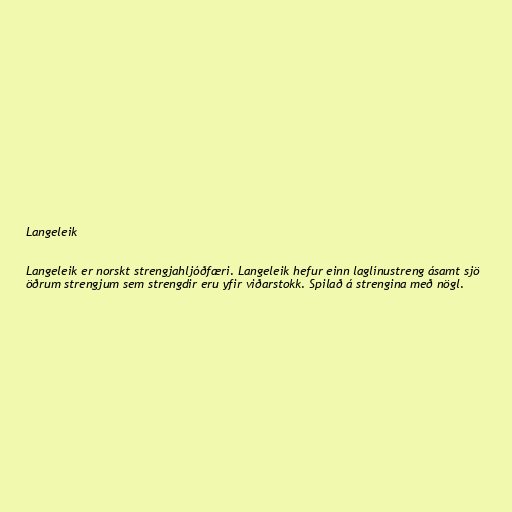
Langeleik

Langeleik er norskt strengjahljóðfæri. Langeleik hefur einn laglínustreng ásamt sjö
öðrum strengjum sem strengdir eru yfir viðarstokk. Spilað á strengina með nögl.